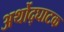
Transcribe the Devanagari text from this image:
अर्थोद्घाटक